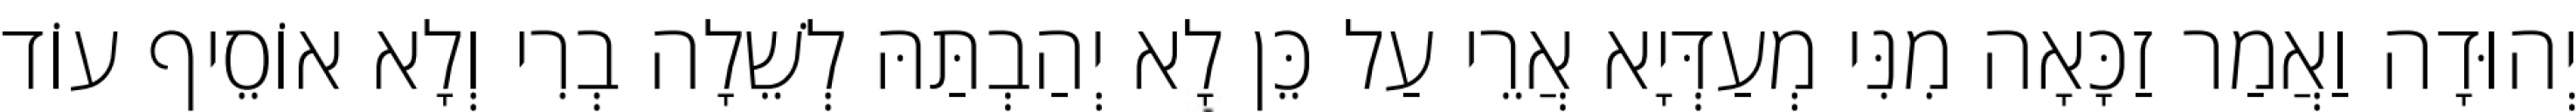
יְהוּדָה וַאֲמַר זַכָּאָה מִנִּי מְעַדְּיָא אֲרֵי עַל כֵּן לָא יְהַבְתַּהּ לְשֵׁלָה בְרִי וְלָא אוֹסֵיף עוֹד